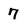
Character: 7